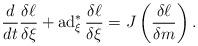
LaTeX: \begin{gather*}\frac{d}{dt}\frac{\delta\ell}{\delta\xi}+\operatorname{ad}^*_\xi\frac{\delta\ell}{\delta\xi}=J\left(\frac{\delta\ell}{\delta m}\right).\end{gather*}